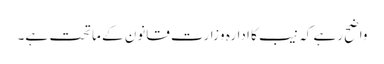
واضح رہے کہ نیب کا ادارہ وِزارت قانون کے ماتحت ہے۔